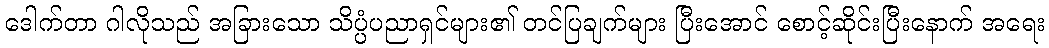
ဒေါက်တာ ဂါလိုသည် အခြားသော သိပ္ပံပညာရှင်များ၏ တင်ပြချက်များ ပြီးအောင် စောင့်ဆိုင်းပြီးနောက် အရေး